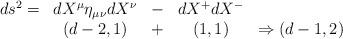
LaTeX: \begin{align*}\tabcolsep 1pt\begin{array} {ccccc}ds^2=&dX^\mu \eta_{\mu\nu} dX^\nu&-&dX^+dX^- & \\ & (d-2,1) &+&(1,1) &\Rightarrow (d-1,2)\end{array}\tabcolsep 6pt\end{align*}